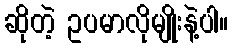
ဆိုတဲ့ ဥပမာလိုမျိုးနဲ့ပါ။